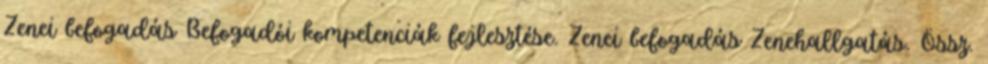
Zenei befogadás Befogadói kompetenciák fejlesztése. Zenei befogadás Zenehallgatás. Össz.